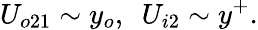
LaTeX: U_{o21}\sim y_{o},\ \ U_{i2}\sim y^{+}.